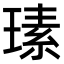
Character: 𤨄